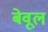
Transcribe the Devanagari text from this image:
बेवूल